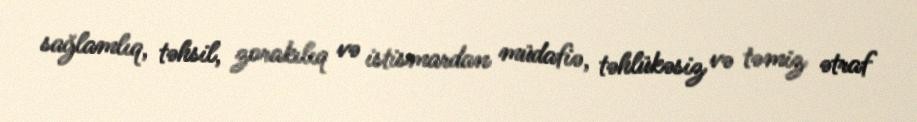
sağlamlıq, təhsil, zorakılıq və istismardan müdafiə, təhlükəsiz və təmiz ətraf